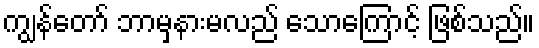
ကျွန်တော် ဘာမှနားမလည် သောကြောင့် ဖြစ်သည်။